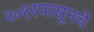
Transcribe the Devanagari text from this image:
२०१२पासूनचे